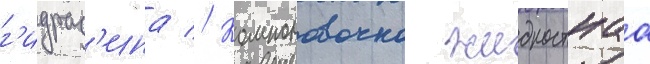
г'идраз'ина // Компоновочно жидкостнаа